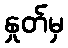
နှုတ်မှ